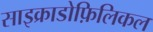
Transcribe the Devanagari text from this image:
साइक्राडोफ़िलिकल